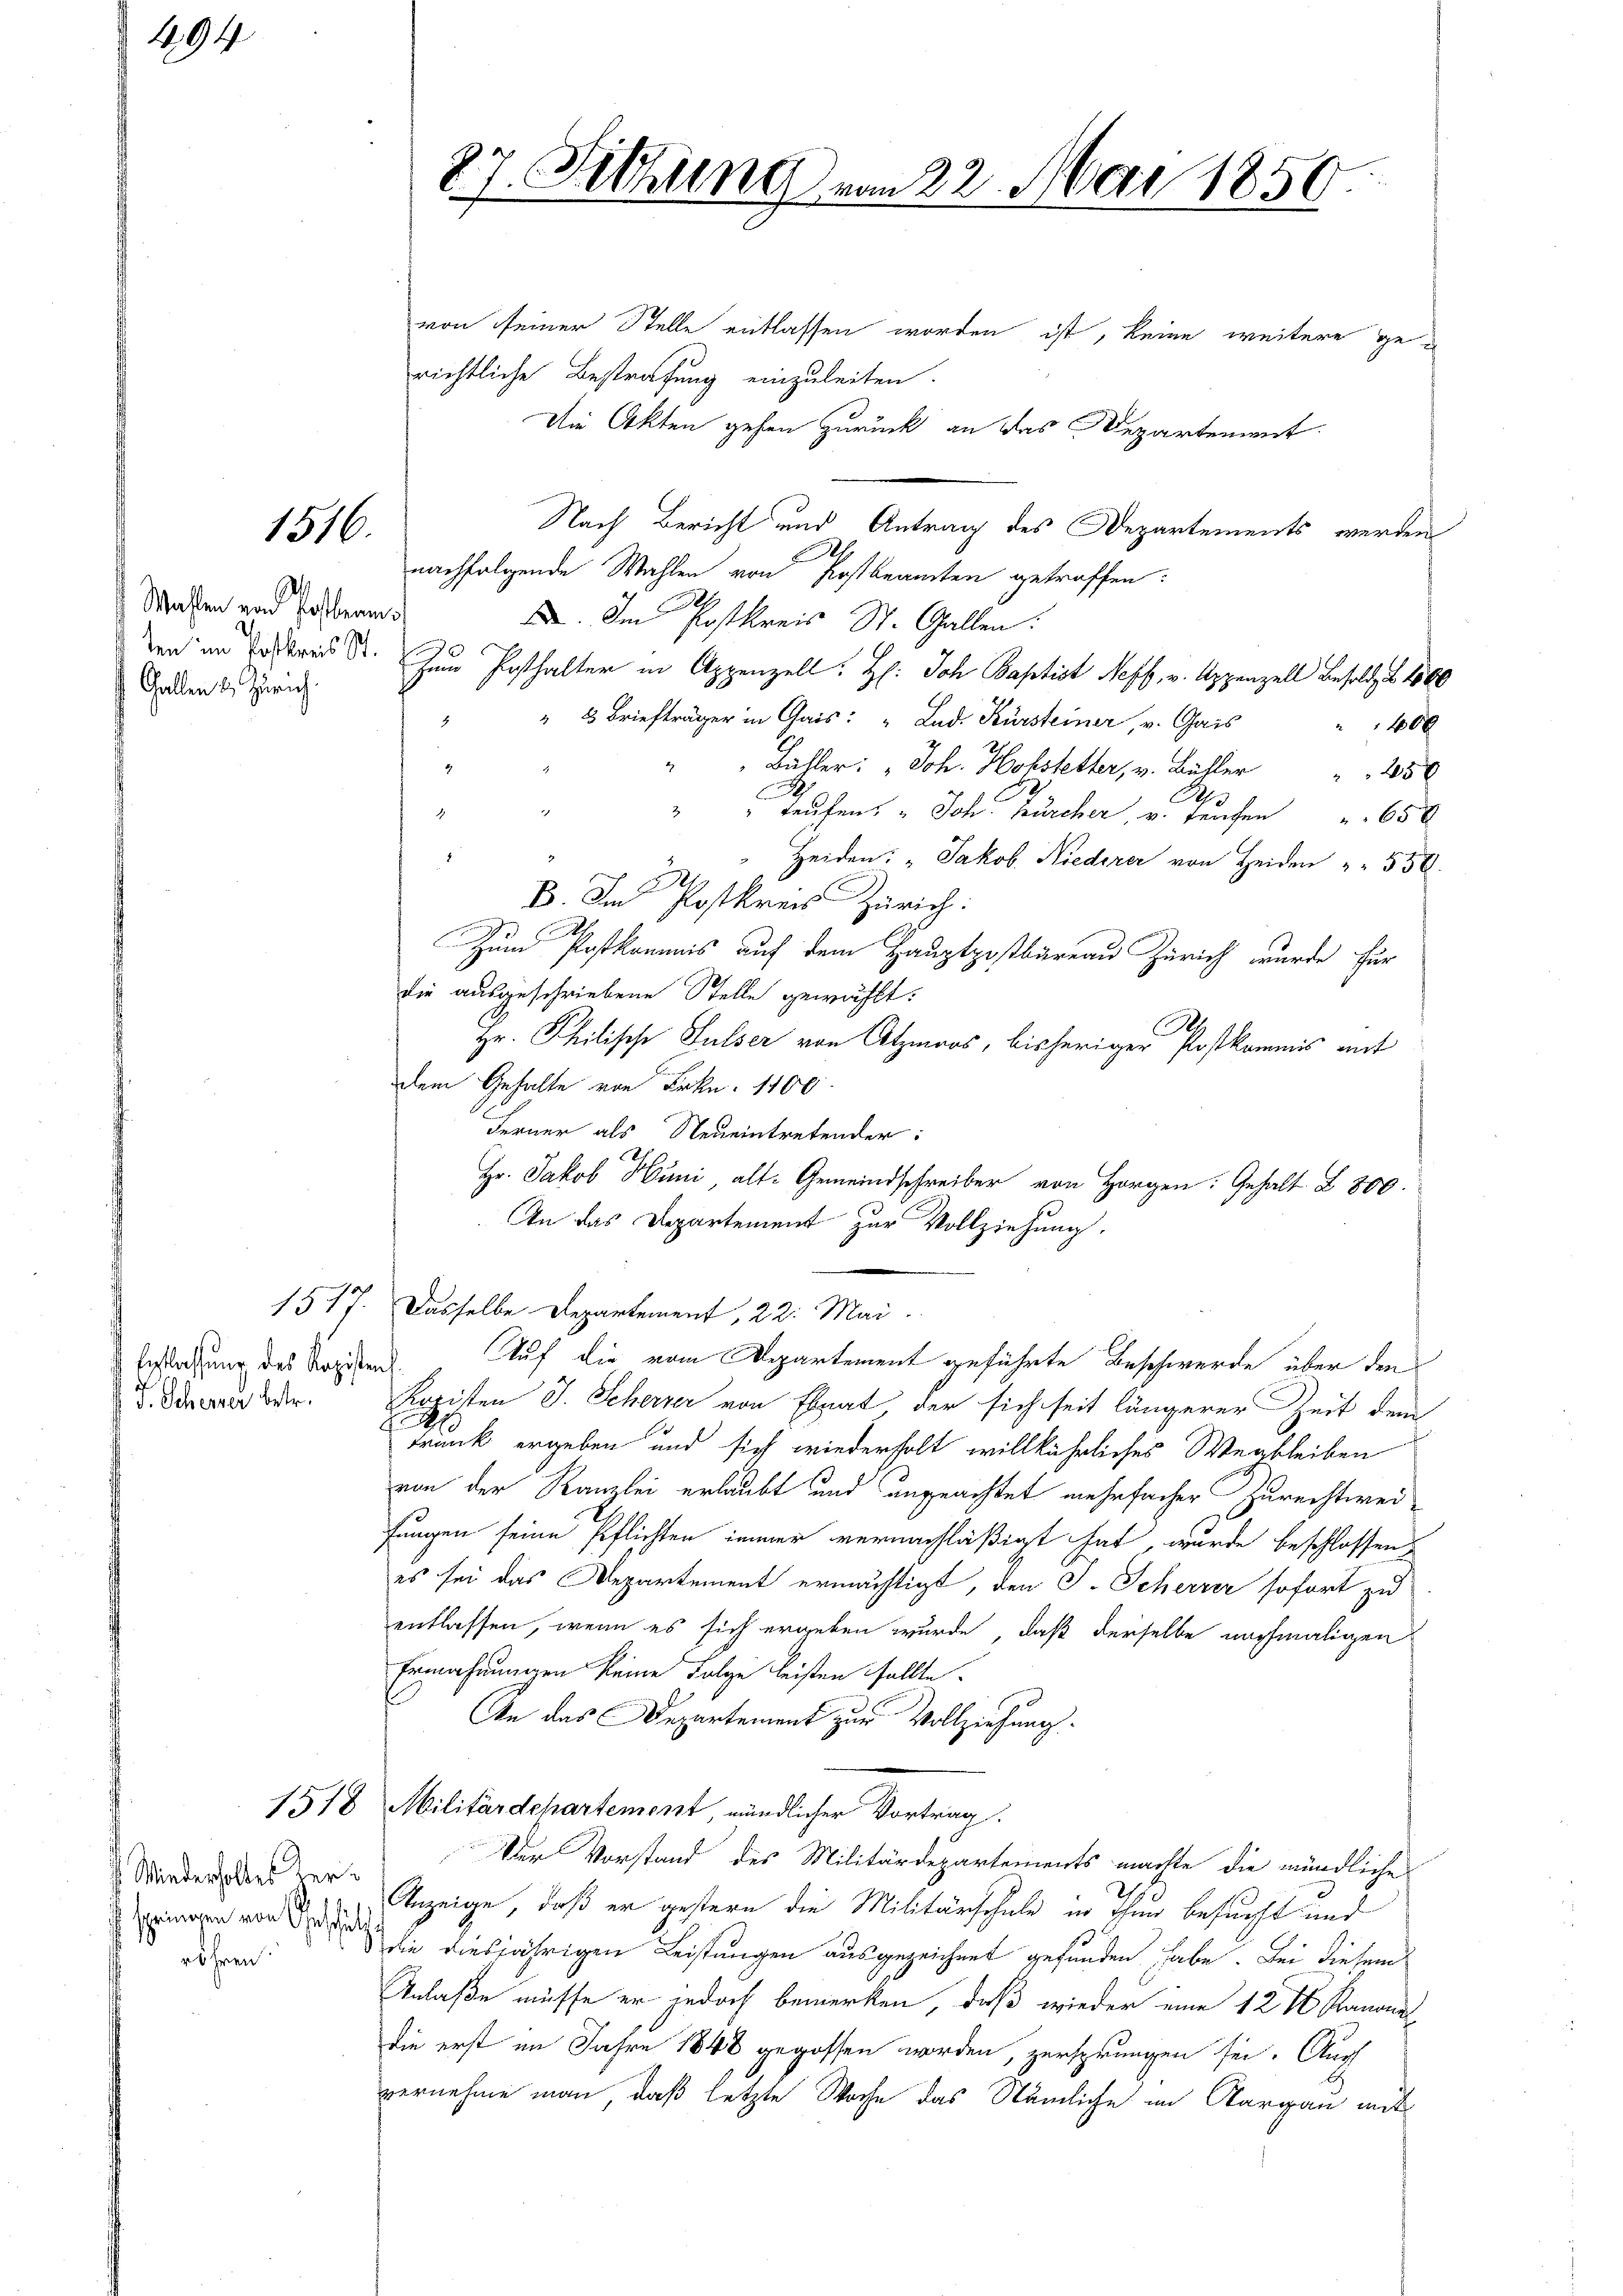
B

194

Wahlen von Posteren.
Gallen & Zürich.

1516.

Entlassung des Kapisten

Wiederholtes der
f springen von Geschätz
röhren

von seiner Stelle entlassen worden ist, keine weitere gerichtliche Bestrafung einzuleiten.
Die Akten gehen zurück, an das Departement
Nach Bericht und Antrag des Departements werden
.
nachfolgende Wahlen von Postbeamten getroffen:
 Im Postkreis St. Gallen:
en und Testand d. Zum Posthalter in Appenzell. H: Joh. Baptist Neff, v. Appenzell Besoldes 1860
" 3 Briefträger in Gais: "Lud. Kürsteiner, v. Chais
40 x
Bähler: " Joh. Hofstetter, u. Bühler  "    50
A
i
" Truhen. " Joh. Zürcher, v. Teufen " 650
Heiden: „Jakob Niederer von Heiden " " 550.
B. Im Postkreis Zürich
Zum Postkommis auf dem Hauptpostbareau Zürich wurde für
die ausgeschriebene Stelle gewählt:
Hr. Philische Sulser von Atzmans, bisheriger Postkommis mit
dem Gehalte von Frkn. 1100
Ferner als Neueintretender:
Hr. Jakob Hüni alt-Gemeindschreiber von Horgen: Gehalt Z. 800.
In das Departement zur Vollziehung.
1517. Dasselbe Departement, 22. Mai.
Auf die vom Departement geführte Beschwerde über den
. Daran der Kaciten J. Scherzer von Ebnat, der sich seit längerer Zeit dem
E
trunk ergeben und sich wiederholt willkührliches Wegbleiben
von der Kanzlei erlaubt und angeachtet mehrfacher Zurechtwei-
fungen seine Pflichten immer vernachläßigt hat, wurde beschlossen
es sei das Departement ermächtigt, den J. Scherrer sofort zu
entlassen, wenn es sich ergeben wurde, daß derselbe nochmaligen
Ermahnungen keine Folge leisten sollte.
An das Departement zur Vollziehung.
1578 Militärdehartement, mündlicher Vortrag.
Der Vorstand des Militärdepartements machte die mündliche
Anzeige, daß er gestern die Militärschule in ihm besucht und
die diesjährigen Leistungen ausgezeichnet gefunden habe. Bei diesem
Anlaße müsse er jedoch bemerken, daß wieder eine 12 t Kanons
die erst im Jahre 1848 gegossen worden, zersprungen sei. Auch
vernehme man, daß letzte Woche das Nämliche im Aargau mit

27. Sitzung vom 22. Mai 1850.